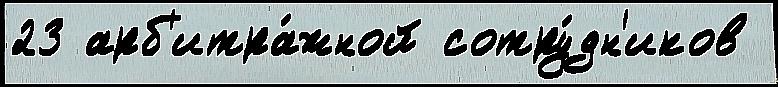
23 арб'итра́жной сотру́дн'иков